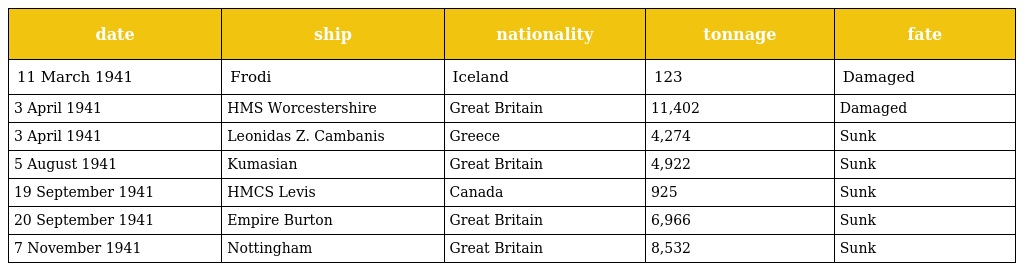
| date | ship | nationality | tonnage | fate |
 | --- | --- | --- | --- | --- |
 | 11 March 1941 | Frodi | Iceland | 123 | Damaged |
 | 3 April 1941 | HMS Worcestershire | Great Britain | 11,402 | Damaged |
 | 3 April 1941 | Leonidas Z. Cambanis | Greece | 4,274 | Sunk |
 | 5 August 1941 | Kumasian | Great Britain | 4,922 | Sunk |
 | 19 September 1941 | HMCS Levis | Canada | 925 | Sunk |
 | 20 September 1941 | Empire Burton | Great Britain | 6,966 | Sunk |
 | 7 November 1941 | Nottingham | Great Britain | 8,532 | Sunk |